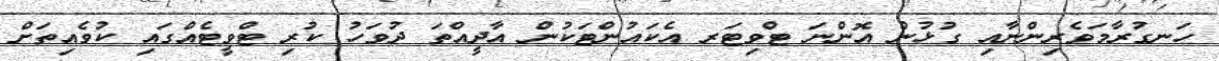
ހަނގުރާމަވެރިންނާއި ގުޅުން އޮންނަ ޓްވިޓަރ އެކައުންޓަކުން އާދީއްތަ ދުވަހު ކުރި ޓްވީޓެއްގައި ކުވެއިތަށް